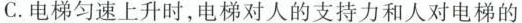
C.电梯匀速上升时，电梯对人的支持力和人对电梯的